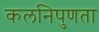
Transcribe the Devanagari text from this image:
कलनिपुणता